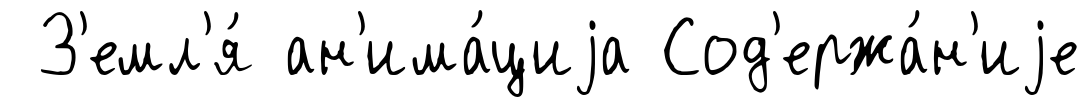
З'емл'я́ ан'има́циjа Сод'ержа́н'иjе